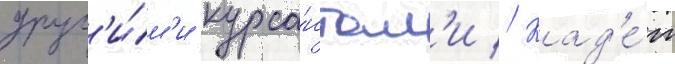
друг'и́м'и курса́нтам'и // Кад'е́т